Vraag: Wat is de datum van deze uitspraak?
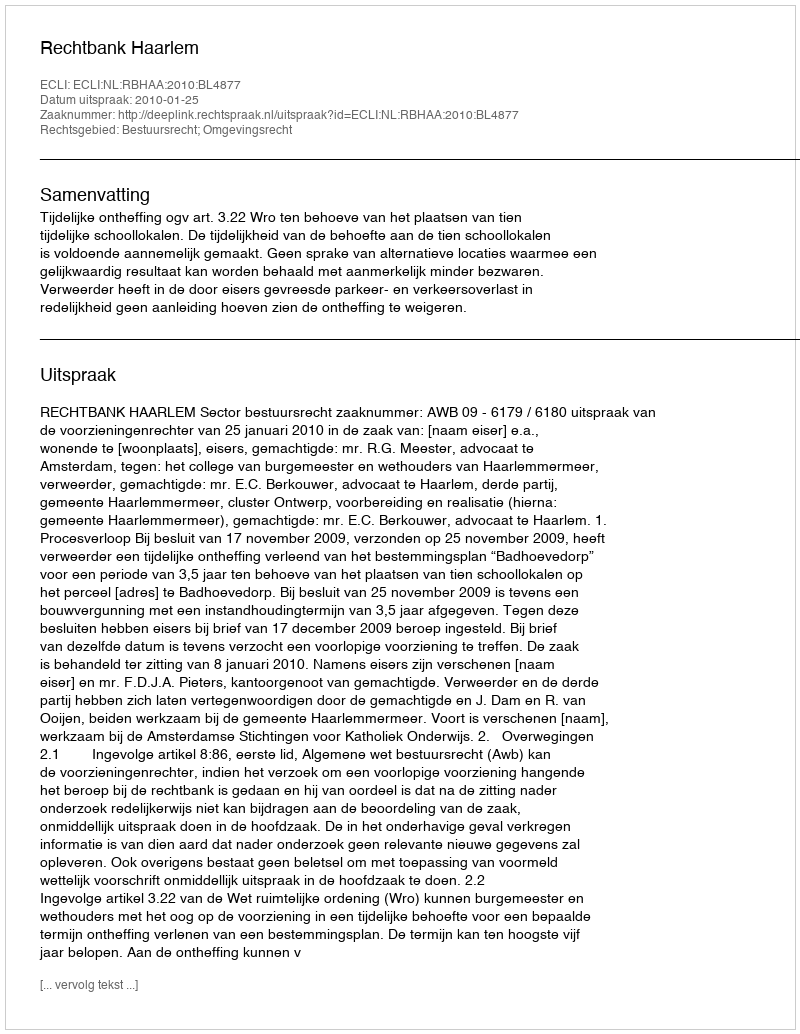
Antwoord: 2010-01-25